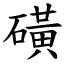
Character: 磺